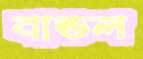
বান্ডল